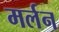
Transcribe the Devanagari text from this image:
मर्लन